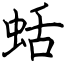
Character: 蛞